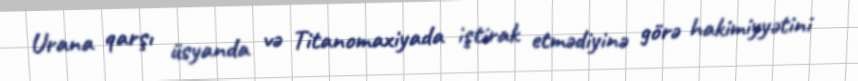
Urana qarşı üsyanda və Titanomaxiyada iştirak etmədiyinə görə hakimiyyətini